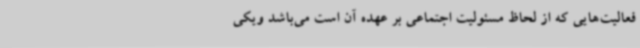
فعالیت‌هایی که از لحاظ مسئولیت اجتماعی بر عهده آن است می‌باشد ویکی